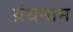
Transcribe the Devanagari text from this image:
ग्रंथनाम